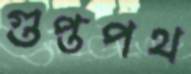
গুপ্তপথ